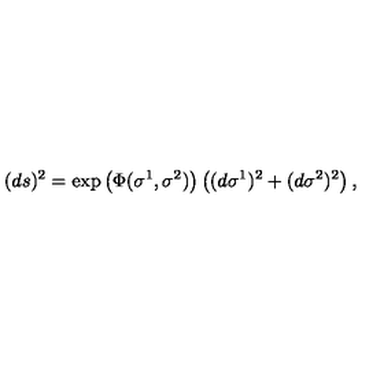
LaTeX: ( d s ) ^ { 2 } = \exp \left( \Phi ( \sigma ^ { 1 } , \sigma ^ { 2 } ) \right) \left( ( d \sigma ^ { 1 } ) ^ { 2 } + ( d \sigma ^ { 2 } ) ^ { 2 } \right) ,